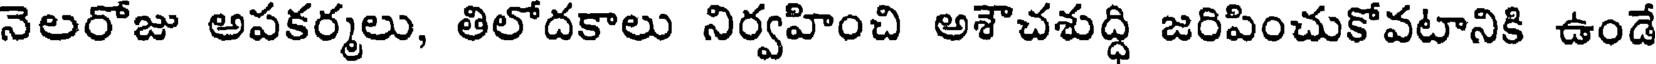
నెలరోజు అపకర్మలు, తిలోదకాలు నిర్వహించి అశౌచశుద్ధి జరిపించుకోవటానికి ఉండే